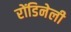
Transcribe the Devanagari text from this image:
रोंडिनेली